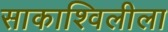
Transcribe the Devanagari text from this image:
साकाश्विलीला